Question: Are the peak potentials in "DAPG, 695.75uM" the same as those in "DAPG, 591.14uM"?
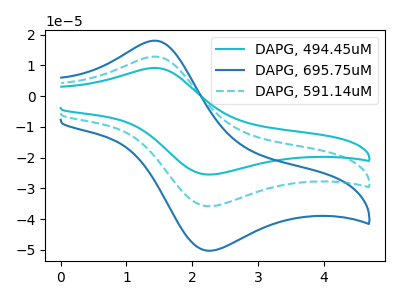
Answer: <think>The cyan curve "DAPG, 494.45uM" has an anodic peak at (1.45V, 25.65uA) and a cathodic peak at (2.20V, -71.55uA). The blue curve "DAPG, 695.75uM" has an anodic peak at (1.45V, 18.00uA) and a cathodic peak at (2.20V, -50.25uA). The cyan dashed curve "DAPG, 591.14uM" has an anodic peak at (1.45V, 12.85uA) and a cathodic peak at (2.20V, -35.80uA).</think>
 <answer>Yes, "DAPG, 695.75uM" have a peak in "DAPG, 591.14uM" at the same potential.</answer>
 <eval>match</eval>